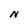
Character: N